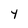
Character: 4